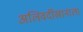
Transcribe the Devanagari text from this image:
अलिवर्दीखानाला